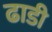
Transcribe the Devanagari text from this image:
ढाडी